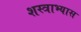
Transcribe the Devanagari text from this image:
शस्त्राभ्यास